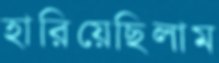
হারিয়েছিলাম